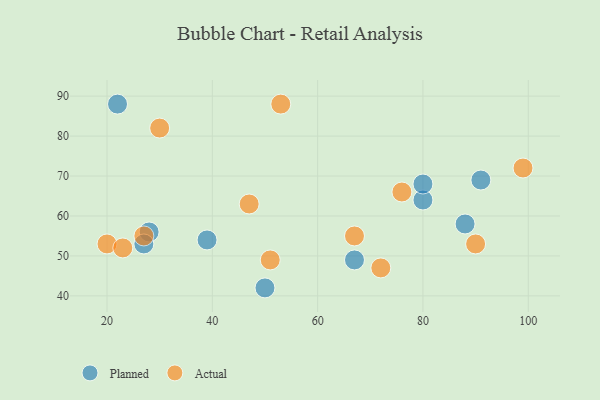
{"axis": {"x": "GDP", "y": "Life Expectancy"}, "legend": ["Actual", "Planned"], "data": [{"x": "91", "y": 69, "type": "Planned"}, {"x": "67", "y": 49, "type": "Planned"}, {"x": "28", "y": 56, "type": "Planned"}, {"x": "80", "y": 64, "type": "Planned"}, {"x": "27", "y": 53, "type": "Planned"}, {"x": "39", "y": 54, "type": "Planned"}, {"x": "80", "y": 68, "type": "Planned"}, {"x": "88", "y": 58, "type": "Planned"}, {"x": "50", "y": 42, "type": "Planned"}, {"x": "22", "y": 88, "type": "Planned"}, {"x": "20", "y": 53, "type": "Actual"}, {"x": "47", "y": 63, "type": "Actual"}, {"x": "99", "y": 72, "type": "Actual"}, {"x": "51", "y": 49, "type": "Actual"}, {"x": "23", "y": 52, "type": "Actual"}, {"x": "76", "y": 66, "type": "Actual"}, {"x": "30", "y": 82, "type": "Actual"}, {"x": "90", "y": 53, "type": "Actual"}, {"x": "67", "y": 55, "type": "Actual"}, {"x": "72", "y": 47, "type": "Actual"}, {"x": "27", "y": 55, "type": "Actual"}, {"x": "53", "y": 88, "type": "Actual"}]}